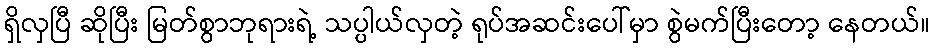
ရှိလှပြီ ဆိုပြီး မြတ်စွာဘုရားရဲ့ သပ္ပါယ်လှတဲ့ ရုပ်အဆင်းပေါ်မှာ စွဲမက်ပြီးတော့ နေတယ်။